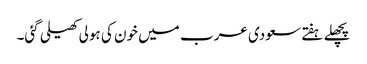
پچھلے ہفتے سعودی عرب میں خون کی ہولی کھیلی گئی۔